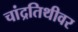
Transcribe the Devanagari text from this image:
चांद्रतिथीवर